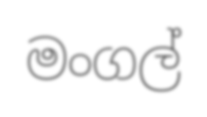
මංගල්